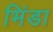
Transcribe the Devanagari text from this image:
भिंडा